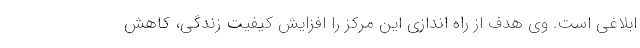
ابلاغی است. وی هدف از راه اندازی این مرکز را افزایش کیفیت زندگی، کاهش